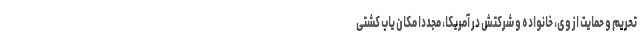
تحریم و حمایت از وی، خانواده و شرکتش در آمریکا، مجددا مکان یاب کشتی